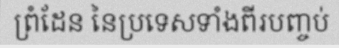
ព្រំដែន នៃប្រទេសទាំងពីរបញ្ចប់